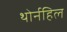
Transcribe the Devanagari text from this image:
थोर्नहिल